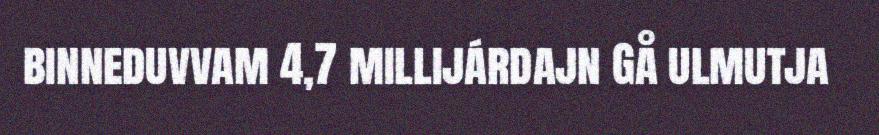
binneduvvam 4,7 millijárdajn Gå ulmutja